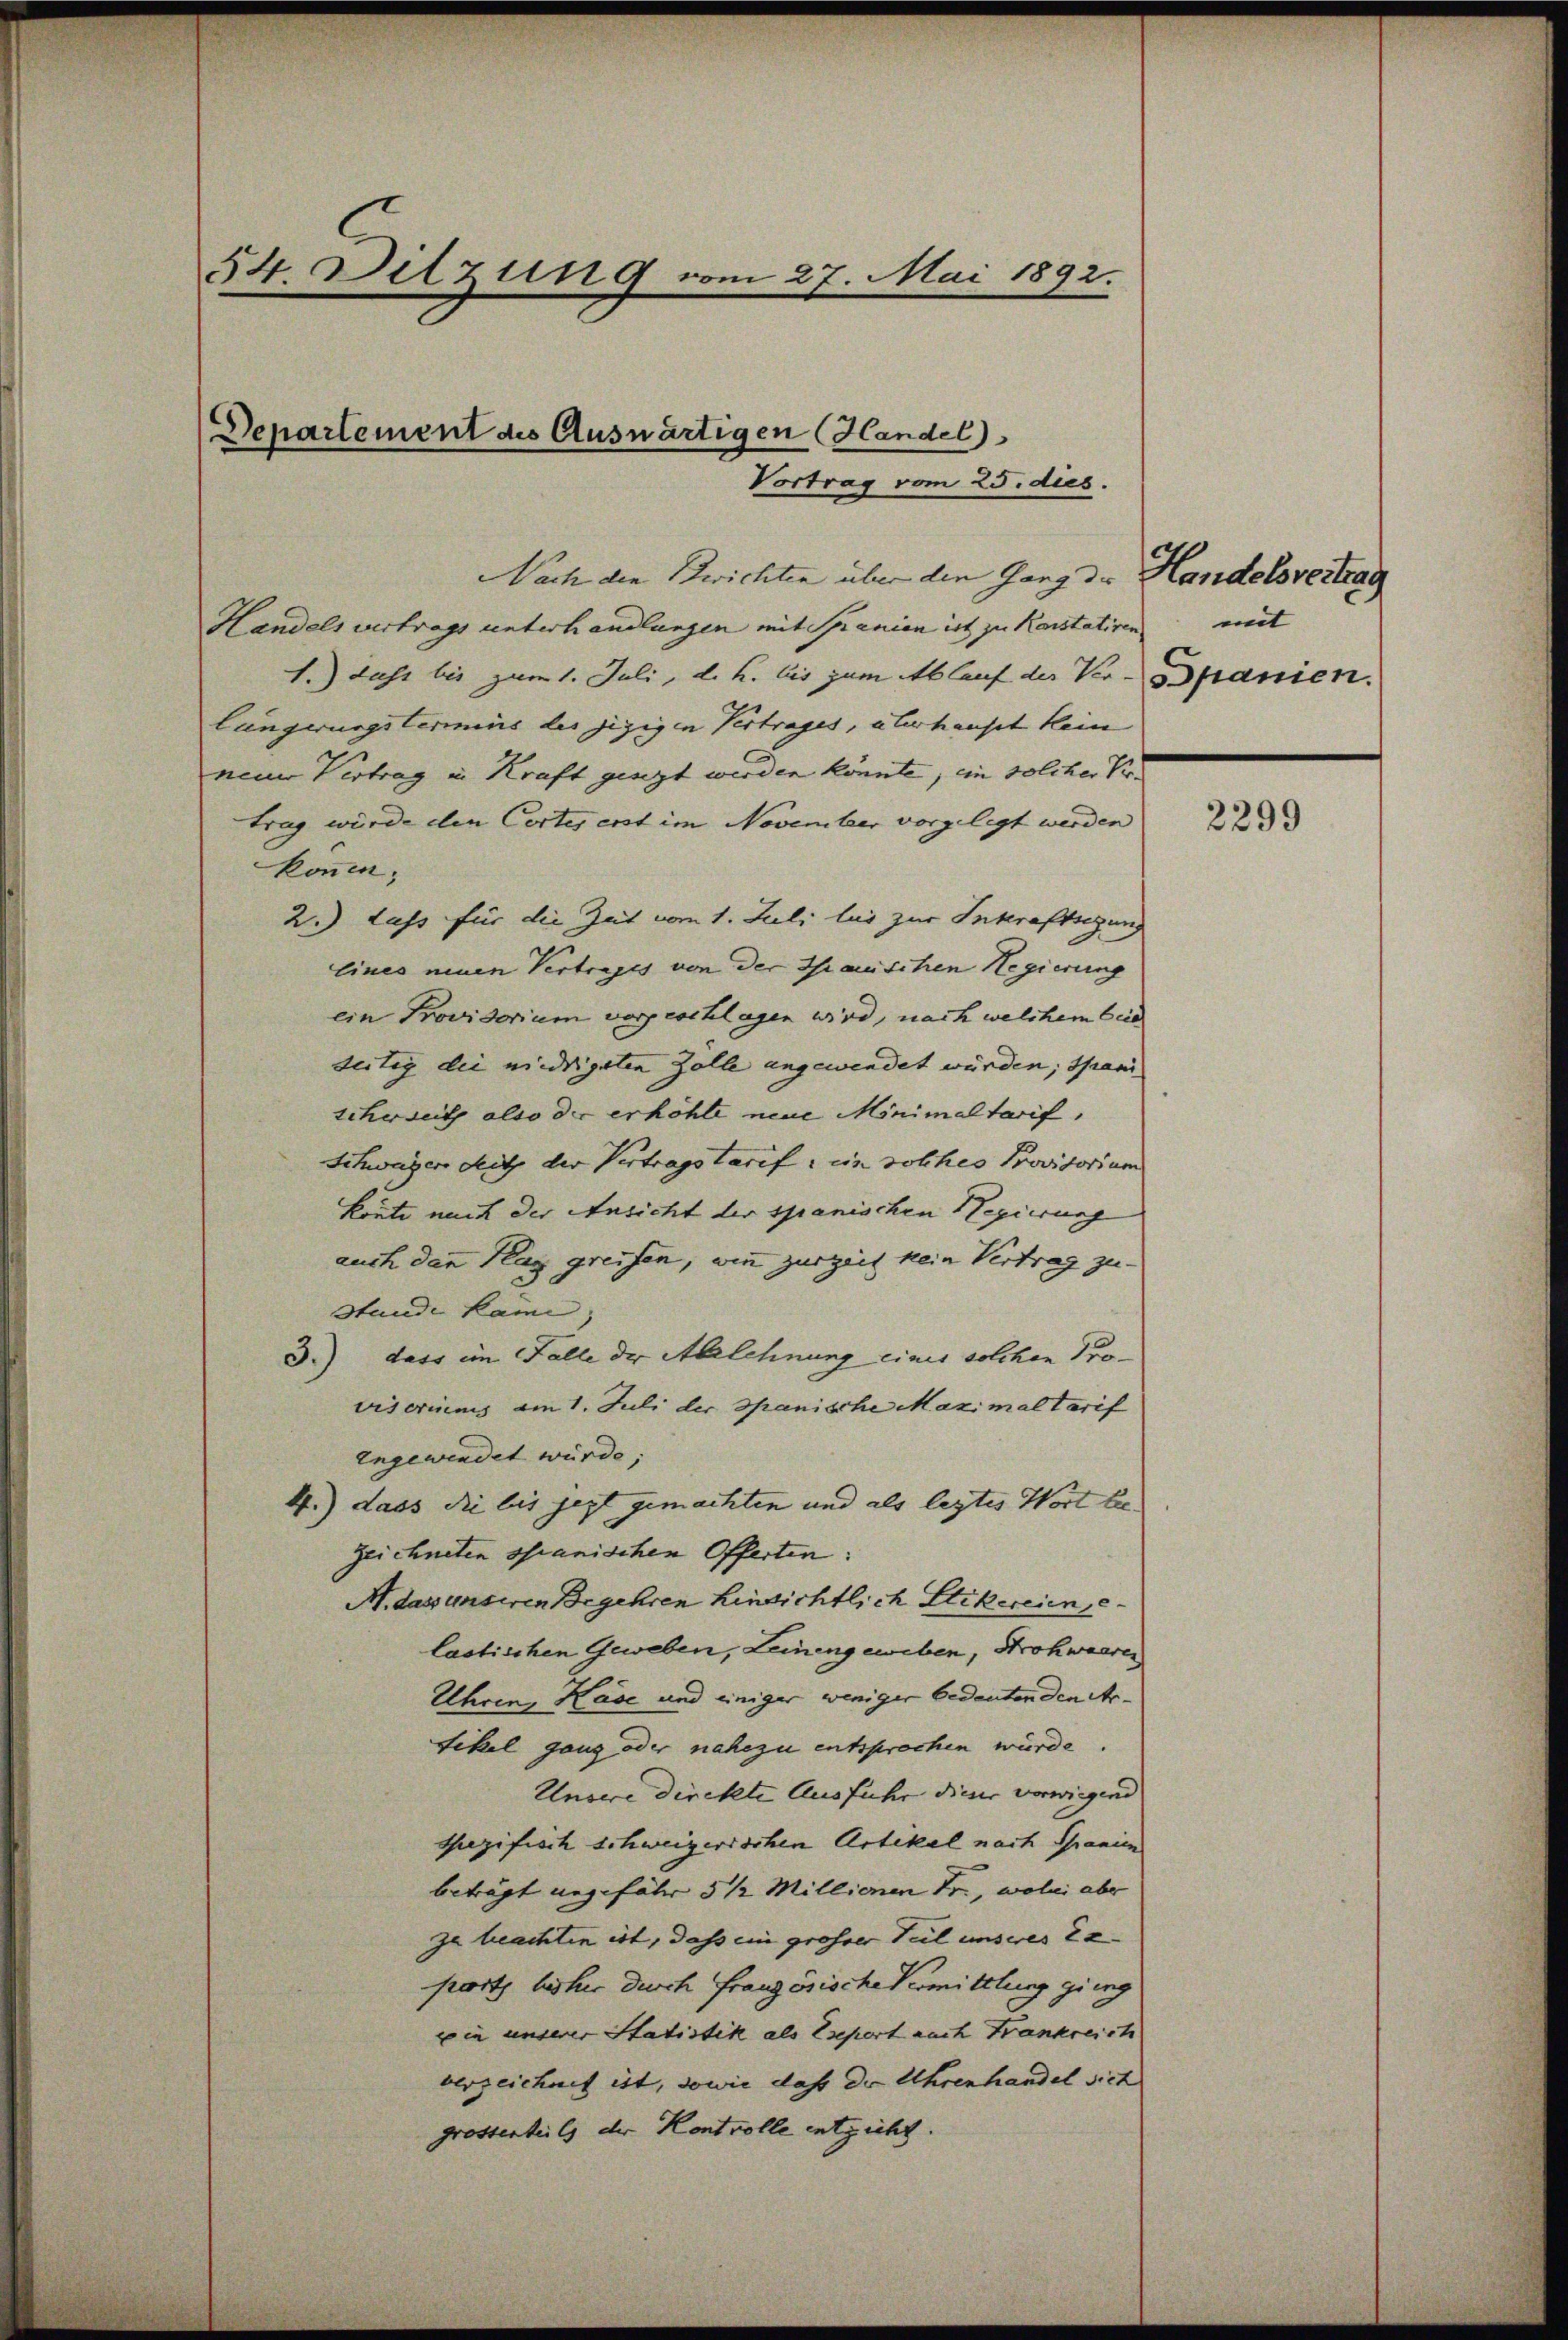
54. Ditzung vom 27. Mai 1892.

Departement die Auswärtigen Handel

Vortrag vom 25. dies.

Nach den Berichten über den Gang der Handelsvertrag
Handels vertrags unterhandlungen mit Spanien ist zu kanstativen mit
1.) dass bis zum 1. Juli, d. h. bis zum Ablauf der Ver- Spanien.
lungerungstermins des jezigen Vertrages, überhauset kein
neuer Vertrag in Kraft gingt werden könnte, in solcher Kr
trag wurde den Cortes ext im November vorgelegt werden
können.
2.) Lass für die Zeit vom 1. Juli les zur Inkraftsetzung
Eines einen Vertrages von der Tauschen Regierung
ein Provisorium vorgeschlagen wird, nach welchem beid
seitig die niedrigsten Zolle angewendet würden, spani
scherseit also der erhöhte neue Minimaltarif,
Schwager Sitz der Vertragstarif in solches Provisorium
Leute mich der Ansicht der spanischen Regierung
auch dann Klag greifen, wie zurzeit kein Vertrag zu-
Stunde kam,
3.) dass im Falle der Ablehnung eines solchen Pro-
visoriums am 1. Juli der Spanische Maximal Tarif
zngewindet würde;
4.) dass die bis jezt gemachten und als legtes Wort be-
Zeichneten spanischen Offerten:
M. das unseren Begehren hinsichtlich Stickereien, e
lastischen Geweben, Leinengeweben, Strohwaaren
Uhren, Käse und einiger weniger bedeutenden Ar¬
Fikel ganz oder nahezu entsprochen würde.
Unsere direkte Ausfuhr dieser vorwiegend
Gezifisch schweizerischen Artikel nach Spanien
beträgt angefähr 5 1/2 Millionen Fr., wobei aber
zu beachten ist, dass ein grosser Teil unseres ex
port bisher durch Französische Vermittlung gieng
win unserer Statistik als Eseport nach Frankreich
verzeichnet ist, sowie daß der Uhrenhandel sich
grossenteils der Kentvolle entzieht.

2299